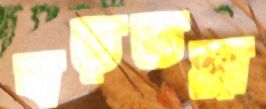
বড়তল্লা